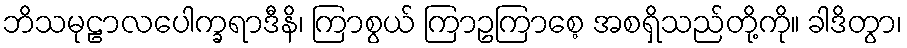
ဘိသမုဠာလပေါက္ခရာဒီနိ၊ ကြာစွယ် ကြာဥကြာစေ့ အစရှိသည်တို့ကို။ ခါဒိတွာ၊